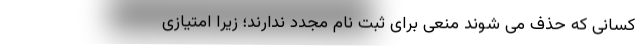
کسانی که حذف می شوند منعی برای ثبت نام مجدد ندارند؛ زیرا امتیازی